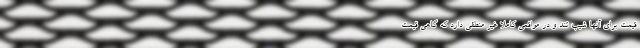
قیمت برای آنها شیب تند و در مواقعی کاملا غیر منطقی دارد که گاهی قیمت